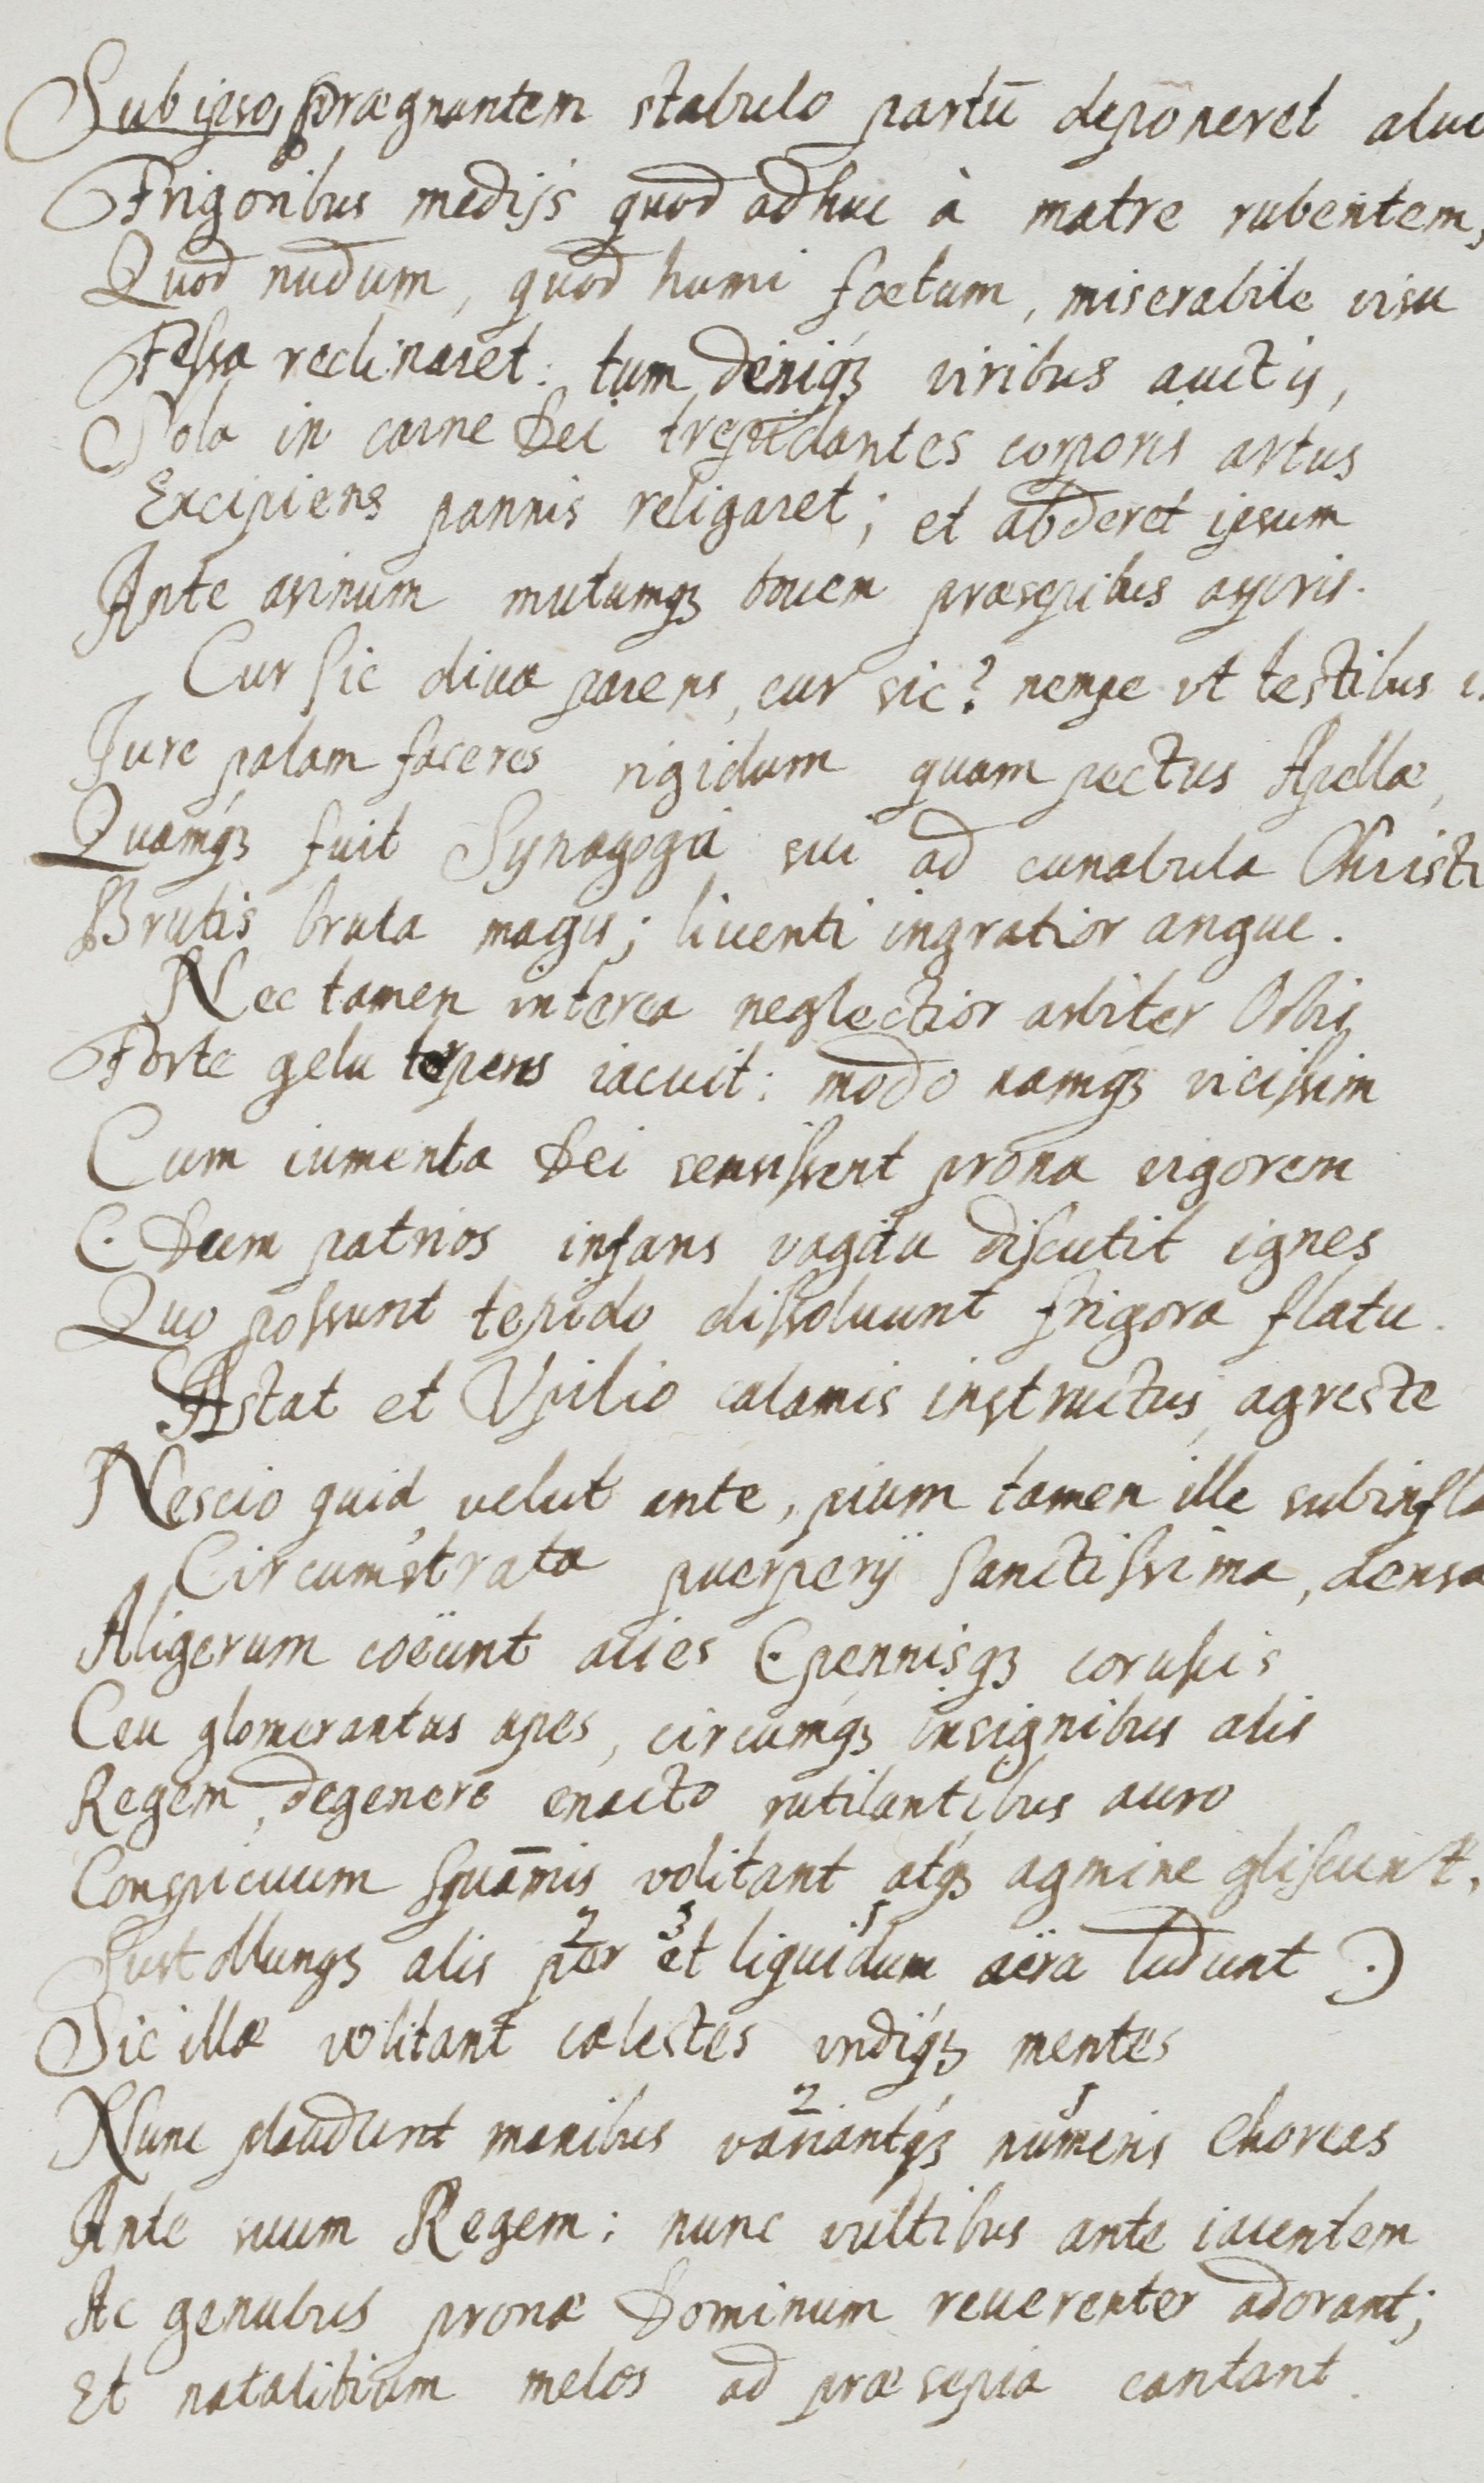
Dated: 1655–1655